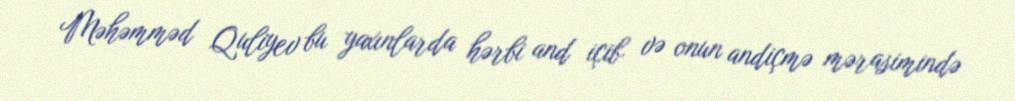
Məhəmməd Quliyev bu yaxınlarda hərbi and içib və onun andiçmə mərasimində